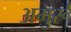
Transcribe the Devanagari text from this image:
अमुर्रू